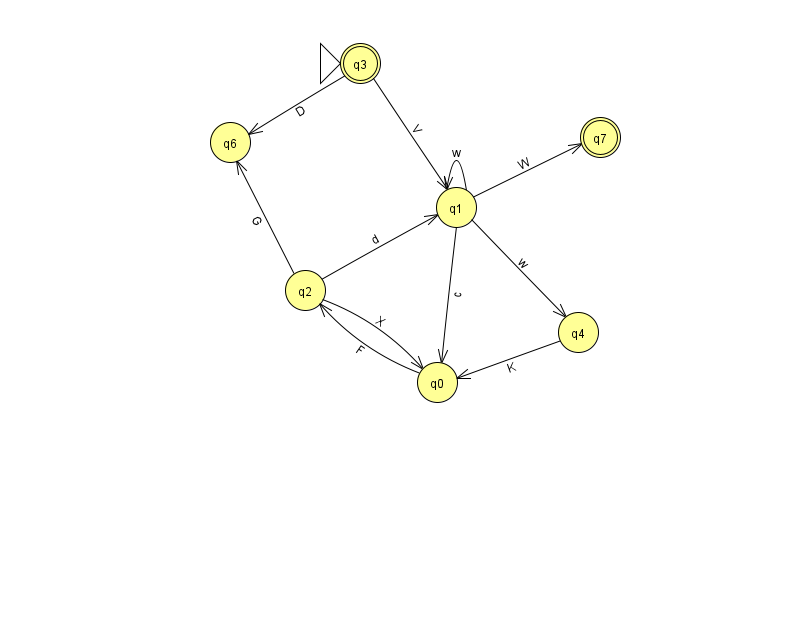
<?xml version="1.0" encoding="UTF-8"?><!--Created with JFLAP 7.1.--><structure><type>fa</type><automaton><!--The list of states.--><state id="0" name="q0"><x>437.0</x><y>369.0</y></state><state id="1" name="q1"><x>456.0</x><y>194.0</y></state><state id="2" name="q2"><x>305.0</x><y>277.0</y></state><state id="3" name="q3"><x>360.0</x><y>50.0</y><initial/><final/></state><state id="4" name="q4"><x>578.0</x><y>319.0</y></state><state id="6" name="q6"><x>230.0</x><y>129.0</y></state><state id="7" name="q7"><x>600.0</x><y>124.0</y><final/></state><!--The list of transitions.--><transition><from>0</from><to>2</to><read>F</read></transition><transition><from>1</from><to>1</to><read>w</read></transition><transition><from>1</from><to>7</to><read>W</read></transition><transition><from>3</from><to>1</to><read>V</read></transition><transition><from>3</from><to>6</to><read>D</read></transition><transition><from>2</from><to>6</to><read>G</read></transition><transition><from>2</from><to>0</to><read>X</read></transition><transition><from>2</from><to>1</to><read>d</read></transition><transition><from>1</from><to>4</to><read>w</read></transition><transition><from>4</from><to>0</to><read>K</read></transition><transition><from>1</from><to>0</to><read>c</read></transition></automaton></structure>